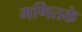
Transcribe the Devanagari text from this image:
गणितके